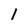
Character: 1